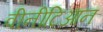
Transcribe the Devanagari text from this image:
वीनीटिआन